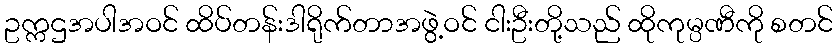
ဥက္ကဌအပါအဝင် ထိပ်တန်းဒါရိုက်တာအဖွဲ့ဝင် ငါးဦးတို့သည် ထိုကုမ္ပဏီကို စတင်